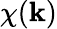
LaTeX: \chi(\mathbf{k})